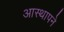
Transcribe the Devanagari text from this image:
आस्थापने